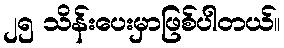
၂၅ သိန်းပေးမှာဖြစ်ပါတယ်။